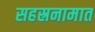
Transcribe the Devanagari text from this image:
सहस्रनामात